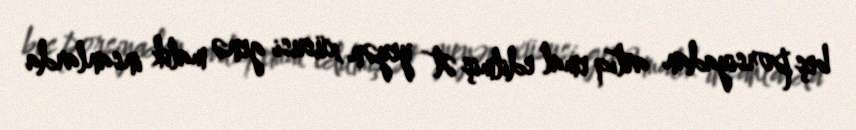
beş porsiyadan artıq emal edilmiş ət yeyən xüsusi genə malik insanlarda